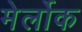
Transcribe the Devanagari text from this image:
मेर्लोक